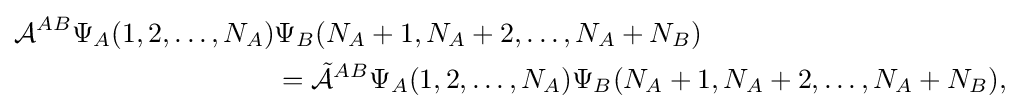
{\begin{aligned}{\mathcal {A}}^{AB}\Psi _{A}(1,2,\dots ,N_{A})&\Psi _{B}(N_{A}+1,N_{A}+2,\dots ,N_{A}+N_{B})\\&={\tilde {\mathcal {A}}}^{AB}\Psi _{A}(1,2,\dots ,N_{A})\Psi _{B}(N_{A}+1,N_{A}+2,\dots ,N_{A}+N_{B}),\end{aligned}}